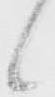
候